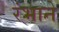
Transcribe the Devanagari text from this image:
रंभाने